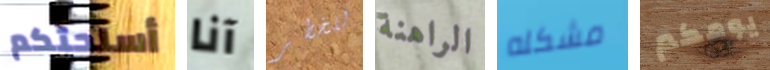
أسلحتكم آنا للخطر الراهنة مشكله يومكم